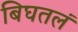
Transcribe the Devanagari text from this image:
बिघतलं